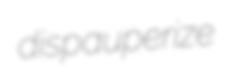
dispauperize